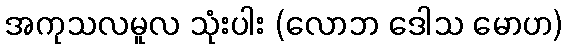
အကုသလမူလ သုံးပါး (လောဘ ဒေါသ မောဟ)